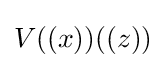
V((x))((z))